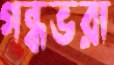
গন্ধভরা